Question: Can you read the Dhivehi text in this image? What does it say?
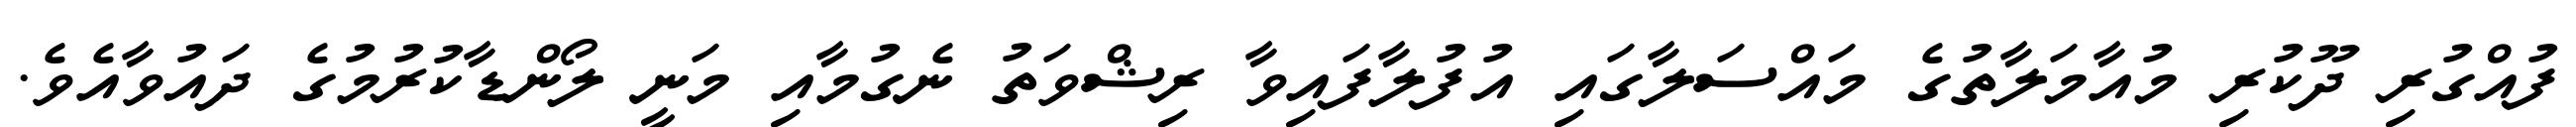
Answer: ފުއްގުރި ދޫކުރި މުއާމަލާތުގެ މައްސަލާގައި އުފުލާފައިވާ ރިޝްވަތު ނެގުމާއި މަނީ ލޯންޑާކުރުމުގެ ދައުވާއެވެ.